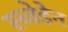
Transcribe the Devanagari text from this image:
स्व्वेडेन